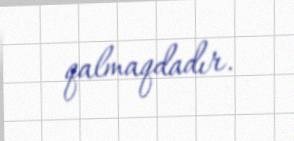
qalmaqdadır.